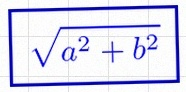
\sqrt{a^2+b^2}